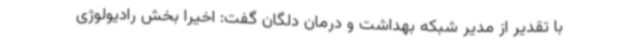
با تقدیر از مدیر شبکه بهداشت و درمان دلگان گفت: اخیرا بخش رادیولوژی